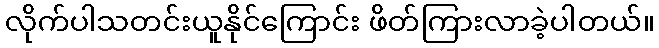
လိုက်ပါသတင်းယူနိုင်ကြောင်း ဖိတ်ကြားလာခဲ့ပါတယ်။